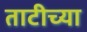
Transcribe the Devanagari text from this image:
ताटीच्या